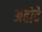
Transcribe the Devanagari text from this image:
अहोदे